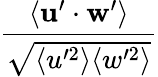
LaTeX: \frac{\langle\mathbf{u}^{\prime}\cdot\mathbf{w}^{\prime}\rangle}{\sqrt{\langle u^{\prime 2}\rangle\langle w^{\prime 2}\rangle}}